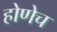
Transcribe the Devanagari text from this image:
होणेच